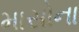
માસોના